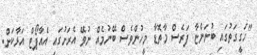
"ހަގީގަތުގައި ބުނަންޏާ ފަރެސް މާތޮޑާ މީހުންވެސް ބޭނުމެއް ނުވޭ އެރަށުގައި އެއާޕޯޓް އަޅާކަށް.